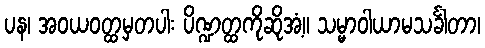
ပန၊ အဝယဝတ္ထမှတပါး ပိဏ္ဍတ္ထကိုဆိုအံ့။ သမ္မာဝါယာမသင်္ခါတာ၊